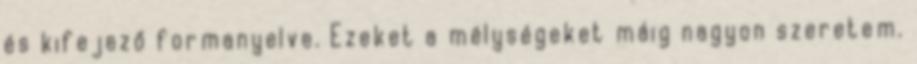
és kifejező formanyelve. Ezeket a mélységeket máig nagyon szeretem.